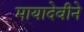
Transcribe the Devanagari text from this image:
मायादेवीने